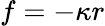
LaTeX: f=-\kappa r